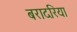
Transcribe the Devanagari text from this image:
बरादरिया